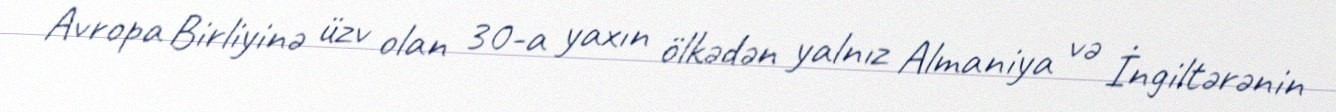
Avropa Birliyinə üzv olan 30-a yaxın ölkədən yalnız Almaniya və İngiltərənin